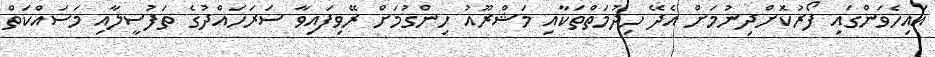
އައިހެވަންގައި ފޯރުކޮށްދިނުމަށް އެދޭ ހިދުމަތްތަކާއި މަޝްރޫއު ހިންގުމަށް ރޭވިފައިވާ ސަރަހައްދުގެ ތަފުސީލާއި މަސައްކަތް